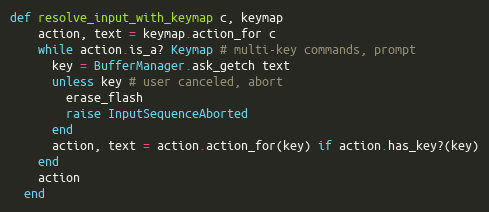
Language: Ruby
def resolve_input_with_keymap c, keymap
    action, text = keymap.action_for c
    while action.is_a? Keymap # multi-key commands, prompt
      key = BufferManager.ask_getch text
      unless key # user canceled, abort
        erase_flash
        raise InputSequenceAborted
      end
      action, text = action.action_for(key) if action.has_key?(key)
    end
    action
  end